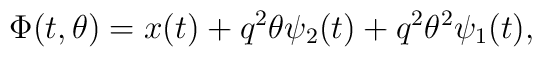
\Phi(t, \theta) = x(t) + q^2 \theta \psi_2(t) + q^2 \theta^2 \psi_1(t),